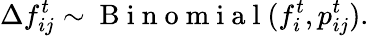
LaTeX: \Delta f_{ij}^{t}\sim\mathrm{~B~i~n~o~m~i~a~l~}(f_{i}^{t},{p}_{ij}^{t}).